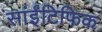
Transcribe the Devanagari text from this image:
सांईंटिफिक